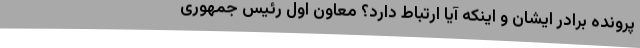
پرونده برادر ایشان و اینکه آیا ارتباط دارد؟ معاون اول رئیس جمهوری